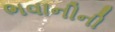
ભવાનીની